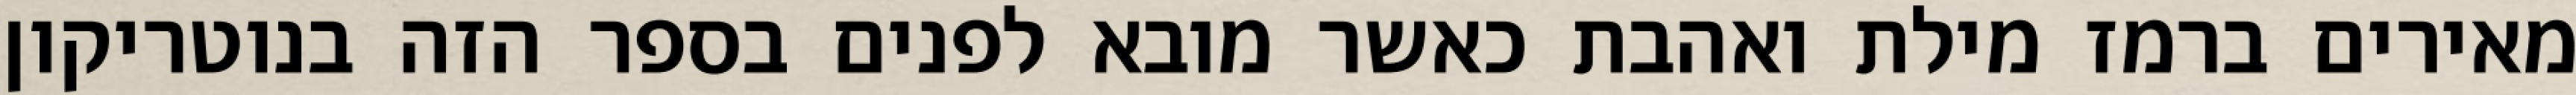
מאירים ברמז מילת ואהבת כאשר מובא לפנים בספר הזה בנוטריקון